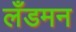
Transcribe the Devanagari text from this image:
लँडमन